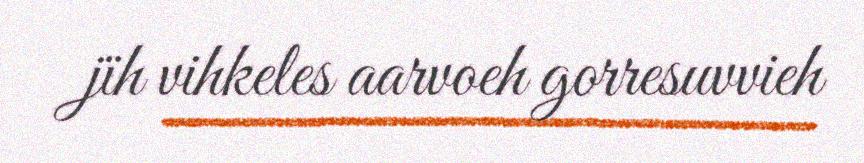
jïh vihkeles aarvoeh gorresuvvieh